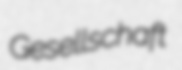
Gesellschaft